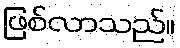
ဖြစ်လာသည်။